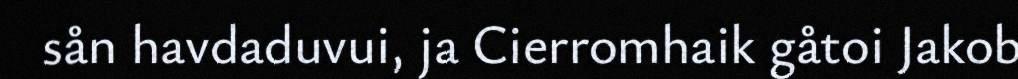
sån havdaduvui, ja Cierromhaik gåtoi Jakob